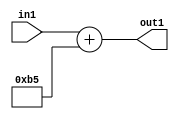
`timescale 1ps / 1ps
/*****************************************************************************
    Verilog RTL Description
    
    
    Created by: Stratus DpOpt 2019.1.01 
*******************************************************************************/

module DC_Filter_Add_12U_3_1 (
	in1,
	out1
	); /* architecture "behavioural" */ 
input [11:0] in1;
output [11:0] out1;
wire [11:0] asc001;

assign asc001 = 
	+(in1)
	+(12'B000010110101);

assign out1 = asc001;
endmodule

/* CADENCE  ubDyTQE= : u9/ySgnWtBlWxVPRXgAZ4Og= ** DO NOT EDIT THIS LINE ******/